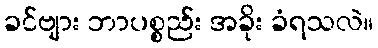
ခင်ဗျား ဘာပစ္စည်း အခိုး ခံရသလဲ။